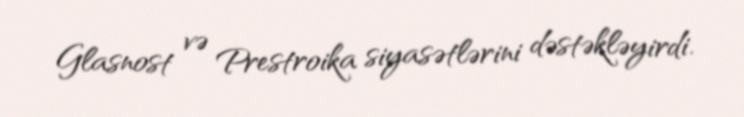
Glasnost və Prestroika siyasətlərini dəstəkləyirdi.